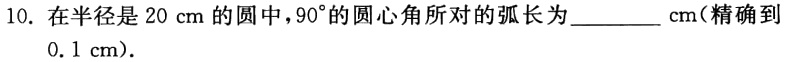
10. 在半径是\(20\ cm\)的圆中，\(90^{\circ}\)的圆心角所对的弧长为________\(cm\)（精确到\(0.1\ cm\)）.